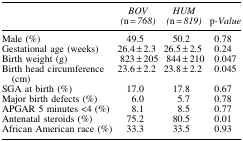
<table><thead><tr><td><b> </b></td><td><b><i>BOV (</i>n<i> = 768)</i></b></td><td><b><i>HUM (</i>n<i> = 819)</i></b></td><td><b>p<i>-Value</i></b></td></tr></thead><tbody><tr><td>Male (%)</td><td>49.5</td><td>50.2</td><td>0.78</td></tr><tr><td>Gestational age (weeks)</td><td>26.4 ± 2.3</td><td>26.5 ± 2.5</td><td>0.24</td></tr><tr><td>Birth weight (g)</td><td>823 ± 205</td><td>844 ± 210</td><td>0.047</td></tr><tr><td>Birth head circumference (cm)</td><td>23.6 ± 2.2</td><td>23.8 ± 2.2</td><td>0.045</td></tr><tr><td>SGA at birth (%)</td><td>17.0</td><td>17.8</td><td>0.67</td></tr><tr><td>Major birth defects (%)</td><td>6.0</td><td>5.7</td><td>0.78</td></tr><tr><td>APGAR 5 minutes &lt;4 (%)</td><td>8.1</td><td>8.5</td><td>0.77</td></tr><tr><td>Antenatal steroids (%)</td><td>75.2</td><td>80.5</td><td>0.01</td></tr><tr><td>African American race (%)</td><td>33.3</td><td>33.5</td><td>0.93</td></tr></tbody></table>